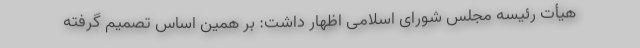
هیأت رئیسه مجلس شورای اسلامی اظهار داشت: بر همین اساس تصمیم گرفته